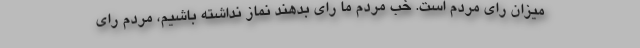
میزان رای مردم است. خب مردم ما رای بدهند نماز نداشته باشیم، مردم رای